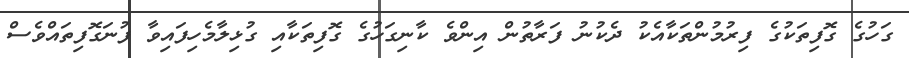
ގަހުގެ ގޮފިތަކުގެ ފިރުމުންތަކާއެކު ދެކުނު ފަރާތުން އިންވެ ކާނިގަހުގެ ގޮފިތަކާއި ގުޅިލާމެހިފައިވާ ފުނަގޮފިތައްވެސް